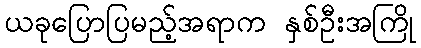
ယခုပြောပြမည့်အရာက နှစ်ဦးအကြို